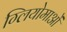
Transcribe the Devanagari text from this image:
ग्लियोमाओं